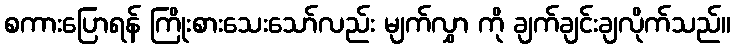
စကားပြောရန် ကြိုးစားသေးသော်လည်း မျက်လွှာ ကို ချက်ချင်းချလိုက်သည်။